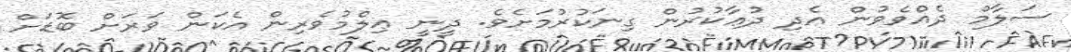
ސަލާމް ދެއްވެވުން އެދި ދުޢާކުރުން ގިނަކުރުމަށެވެ. ދީނީ ޢިލްމުވެރިން އެކަން ވަރަށް ބޮޑަށް